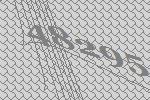
48295